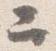
ニ